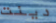
دينت